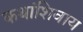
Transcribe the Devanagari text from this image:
कथांशिवाय